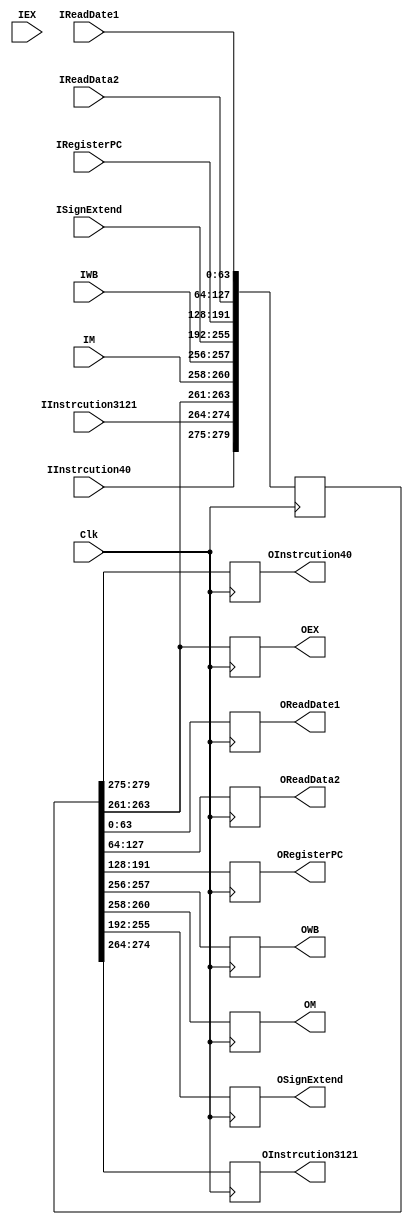
module ID_EX_register(IReadDate1,IReadData2,IRegisterPC,IWB,IM,IEX,ISignExtend,IInstrcution3121,IInstrcution40,OReadDate1,OReadData2,ORegisterPC,OWB,OM,OEX,OSignExtend,OInstrcution3121,OInstrcution40,Clk);
	
	input[63:0] IReadDate1;
	input[63:0] IReadData2;
	input[63:0] IRegisterPC;
	input[1:0] IWB;
	input[2:0] IM;
	input[2:0] IEX;
	input[63:0] ISignExtend;
	input[10:0] IInstrcution3121;
	input[4:0] IInstrcution40;
	output reg[63:0] OReadDate1;
	output reg[63:0] OReadData2;
	output reg[63:0] ORegisterPC;
	output reg[1:0] OWB;
	output reg[2:0] OM;
	output reg[2:0] OEX;
	output reg[63:0] OSignExtend;
	output reg[10:0] OInstrcution3121;
	output reg[4:0] OInstrcution40;
	input Clk;

	reg[279:0] register;
	always @(posedge Clk)
	begin
		OReadDate1=register[63:0];
		OReadData2=register[127:64];
		ORegisterPC = register[191:128];
		OSignExtend = register[255:192];
		OWB = register[257:256];
		OM = register[260:258];
		OEX = register[263:261];
		OInstrcution3121=register[274:264];
		OInstrcution40=register[279:275];


		register[63:0]=IReadDate1;
		register[127:64]=IReadData2;
		register[191:128]= IRegisterPC;
		register[255:192]=ISignExtend;
		register[257:256]=IWB;
		register[260:258]=IM;
		register[263:261]=OEX;
		register[274:264]= IInstrcution3121;
		register[279:275]=IInstrcution40;
		
		
	end
endmodule